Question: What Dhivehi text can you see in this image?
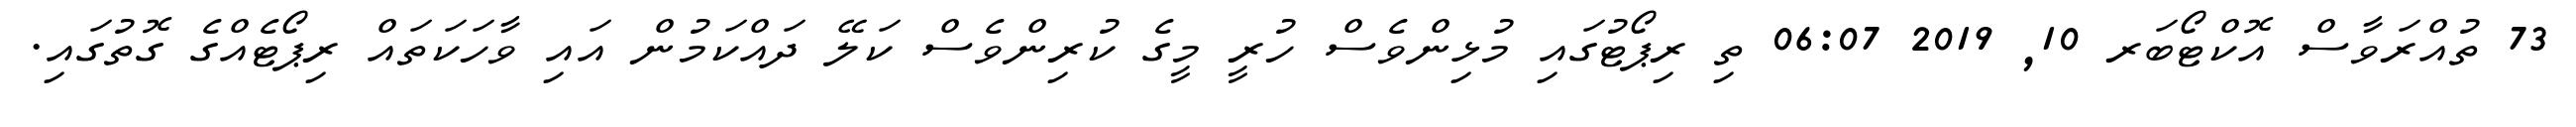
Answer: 73 ތުއްރަވާސް އޮކްޓޯބަރ 10, 2019 06:07 ތި ރިޕޯޓުގައި މުޅިންވެސް ހުރީ މީގެ ކުރިންވެސް ކަލޭ ދައްކަމުން އައި ވާހަކަތައް ރިޕޯޓެއްގެ ގޮތުގައި.